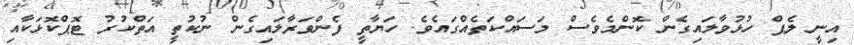
އިނީ ލެޕް ހުޅުވާލައިގެން ކޮންމެވެސް މަސައްކަތެއްގައެވެ. ހަޔާތީ ފެންވަރާލައިގެން ނުކުތީ އަތްކުރު ޓޮޕްކޮޅަކާއި